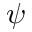
\psi